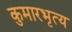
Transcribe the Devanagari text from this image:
कुमारभृत्य